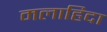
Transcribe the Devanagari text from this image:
मलाहिदा